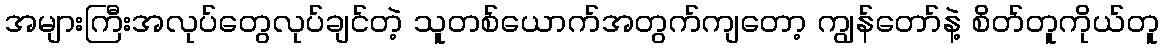
အများကြီးအလုပ်တွေလုပ်ချင်တဲ့ သူတစ်ယောက်အတွက်ကျတော့ ကျွန်တော်နဲ့ စိတ်တူကိုယ်တူ